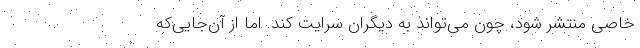
خاصی منتشر شود، چون می‌تواند به دیگران سرایت کند. اما از آن‌جایی‌که